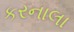
કરનાલા